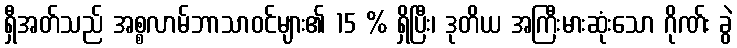
ရှီအတ်သည် အစ္စလာမ်ဘာသာဝင်များ၏ 15 % ရှိပြီး၊ ဒုတိယ အကြီးမားဆုံးသော ဂိုဏ်း ခွဲ